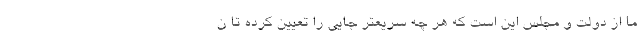
ما از دولت و مجلس این است که هر چه سریعتر جایی را تعیین کرده تا ن